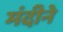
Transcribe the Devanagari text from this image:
मंदीने